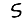
Digit: 5